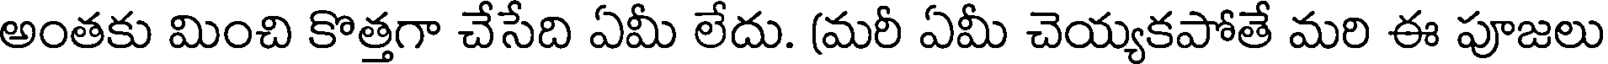
అంతకు మించి కొత్తగా చేసేది ఏమీ లేదు. (మరీ ఏమీ చెయ్యకపోతే మరి ఈ పూజలు